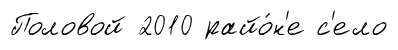
Половой 2010 райо́н'е с'ело